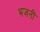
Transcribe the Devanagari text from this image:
भजनीं